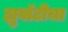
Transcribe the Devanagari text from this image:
झुवॉटीचा